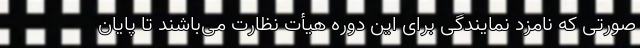
صورتی که نامزد نمایندگی برای این دوره هیأت نظارت می‌باشند تا پایان